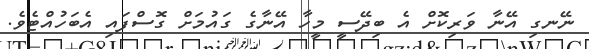
ނޭނގި އޭނާ ވަރިކޮށް އެ ބިދޭސީ މީހާ އޭނާގެ ގައުމަށް ގޮސްފައި އެބަހުއްޓެވެ.